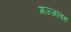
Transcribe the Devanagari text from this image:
मज्जावह